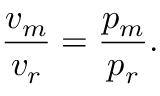
{ \frac { v _ { m } } { v _ { r } } } = { \frac { p _ { m } } { p _ { r } } } .